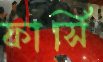
ফার্সি